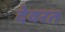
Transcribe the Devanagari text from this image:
देवरत